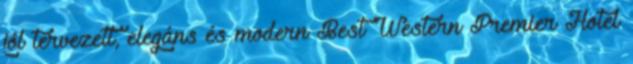
jól tervezett, elegáns és modern Best Western Premier Hotel